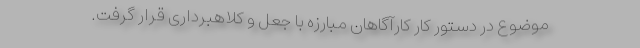
موضوع در دستور کار کارآگاهان مبارزه با جعل و کلاهبرداری قرار گرفت.